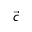
\vec { c }